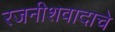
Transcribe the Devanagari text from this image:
रजनीशवादाचे